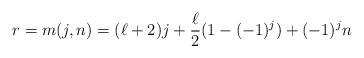
LaTeX: \begin{align*} r=m(j,n)=(\ell+2)j+\frac{\ell}{2}(1-(-1)^j)+(-1)^j n\end{align*}